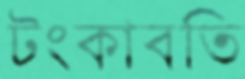
টংকাবতি